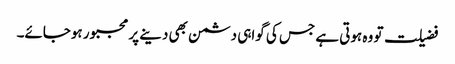
فضیلت تو وہ ہوتی ہے جس کی گواہی دشمن بھی دینے پر مجبور ہوجائے۔